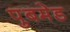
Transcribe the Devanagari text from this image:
पुबमेड